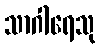
သာဂါရေသု